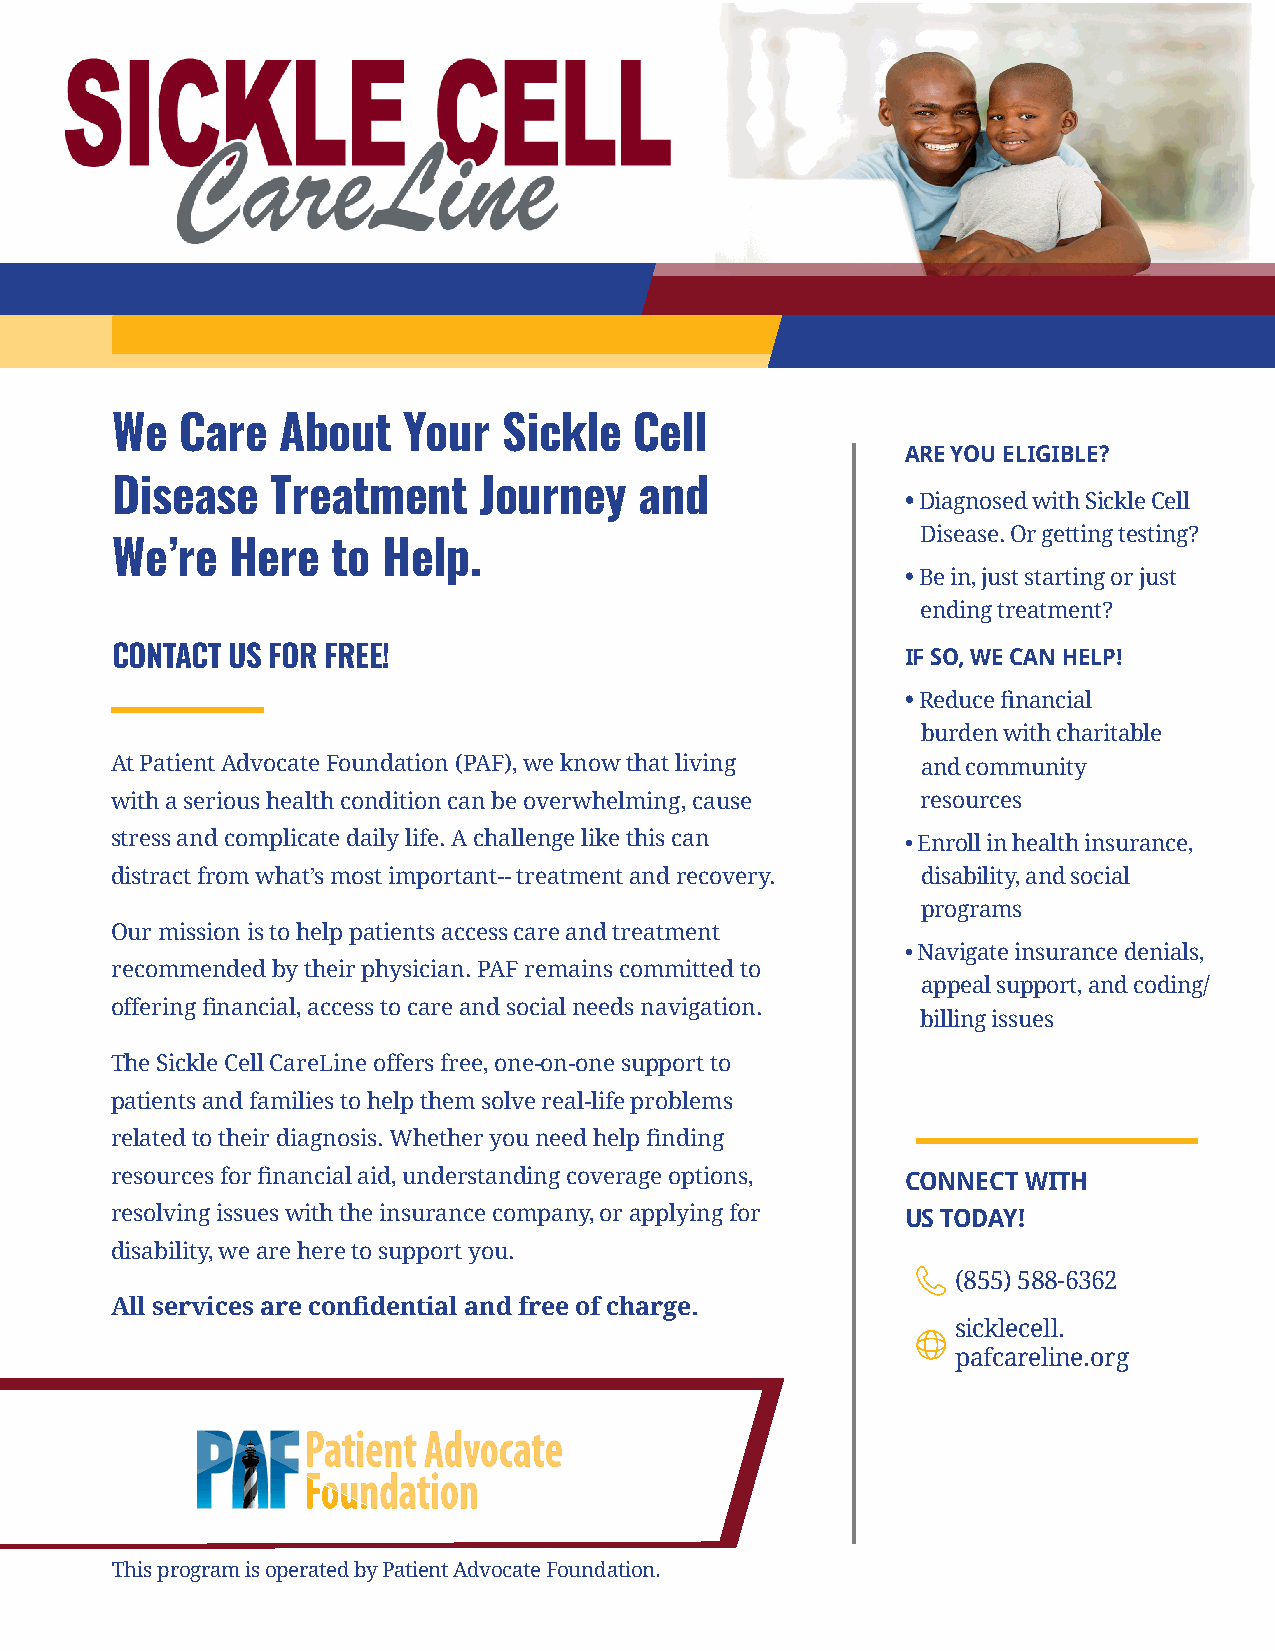
We   Care   About   Your  Sickle   Cell
 ARE YOU ELIGIBLE?
 Disease    Treatment     Journey   and
 • Diagnosed with Sickle Cell
 Disease. Or getting testing?
 We’re   Here   to Help.
 • Be in, just starting or just
 ending treatment?
 CONTACT US FOR FREE!                                 IF SO, WE CAN HELP!
 • Reduce financial
 burden with charitable
 At Patient Advocate Foundation (PAF), we know that living and community
 with a serious health condition can be overwhelming, cause resources
 stress and complicate daily life. A challenge like this can • Enroll in health insurance,
 distract from what’s most important-- treatment and recovery. disability, and social
 programs
 Our mission is to help patients access care and treatment
 • Navigate insurance denials,
 recommended by their physician. PAF remains committed to
 appeal support, and coding/
 offering financial, access to care and social needs navigation.
 billing issues
 The Sickle Cell CareLine offers free, one-on-one support to
 patients and families to help them solve real-life problems
 related to their diagnosis. Whether you need help finding
 resources for financial aid, understanding coverage options, CONNECT WITH
 resolving issues with the insurance company, or applying for US TODAY!
 disability, we are here to support you.
 (855) 588-6362
 All services are confidential and free of charge.
 sicklecell.
 pafcareline.org
 This program is operated by Patient Advocate Foundation.